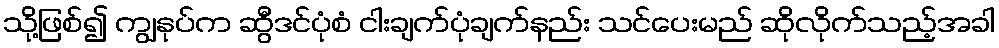
သို့ဖြစ်၍ ကျွနုပ်က ဆွီဒင်ပုံစံ ငါးချက်ပုံချက်နည်း သင်ပေးမည် ဆိုလိုက်သည့်အခါ